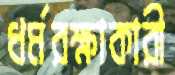
ধর্মরক্ষাকারী